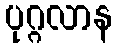
ပုဂ္ဂလာန